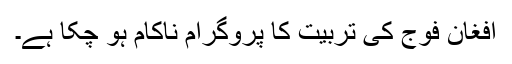
افغان فوج کی تربیت کا پروگرام ناکام ہو چکا ہے۔